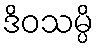
ဒိဝသမ္ပိ